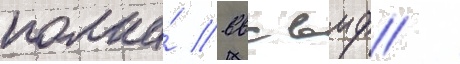
полка́ ввс вмф /